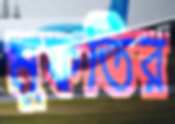
মুফতির